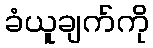
ခံယူချက်ကို